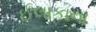
ઈલાકાના